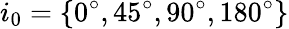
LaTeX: i_{0}=\{ 0^{\circ},45^{\circ},90^{\circ},180^{\circ}\}